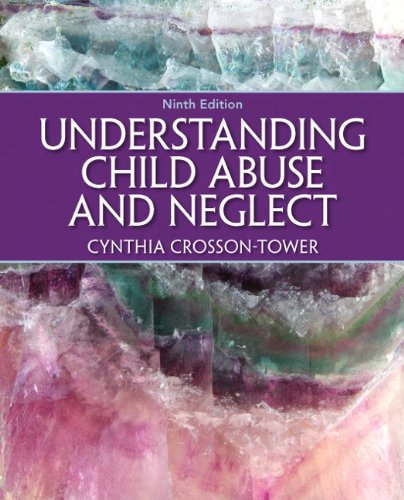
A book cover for Understanding Child Abuse and Neglect (9th Edition); Cynthia Crosson-Tower; Self-Help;